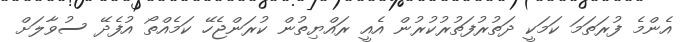
އެންމެ ފުރަތަމަ ކަމަކީ ދަތުރުފަތުރުކުރުން އެއީ ރައްޔިތުން ކުރަންޖެހޭ ކަމެއްތޯ އުފެދޭ ސުވާލަށް